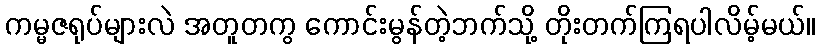
ကမ္မဇရုပ်များလဲ အတူတကွ ကောင်းမွန်တဲ့ဘက်သို့ တိုးတက်ကြရပါလိမ့်မယ်။